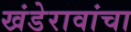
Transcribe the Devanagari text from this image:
खंडेरावांचा